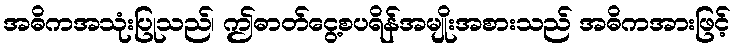
အဓိကအသုံးပြုသည်၊ ဤဓာတ်ငွေ့စပရိန်အမျိုးအစားသည် အဓိကအားဖြင့်